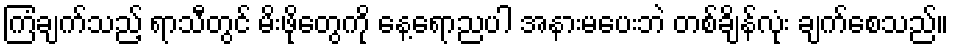
ကြံချက်သည့် ရာသီတွင် မိးဖိုတွေကို နေ့ရောညပါ အနားမပေးဘဲ တစ်ချိန်လုံး ချက်စေသည်။